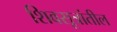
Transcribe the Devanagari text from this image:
शिवसूत्रांतील